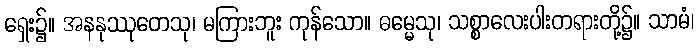
ရှေး၌။ အနနုဿုတေသု၊ မကြားဘူး ကုန်သော။ ဓမ္မေသု၊ သစ္စာလေးပါးတရားတို့၌။ သာမံ၊